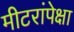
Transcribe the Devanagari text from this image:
मीटरांपेक्षा